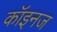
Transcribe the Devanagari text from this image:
कॉइनज